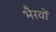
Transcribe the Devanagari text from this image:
भैरवों